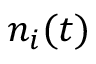
n _ { i } ( t )